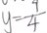
y = \frac { 9 } { 4 }